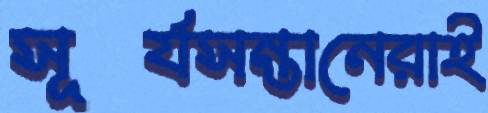
সূর্যসন্তানেরাই